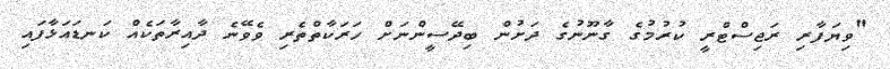
"ވިޔަފާރި ރަޖިސްޓްރީ ކުރުމުގެ ގާނޫނުގެ ދަށުން ބިދޭސީންނަށް ހަރަކާތްތެރި ވެވޭނެ ދާއިރާތަކެއް ކަނޑައަޅާފައި